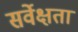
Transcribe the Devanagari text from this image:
सर्वेक्षता